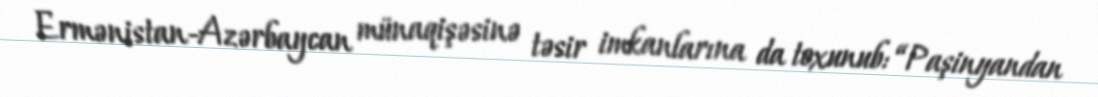
Ermənistan-Azərbaycan münaqişəsinə təsir imkanlarına da toxunub: “Paşinyandan